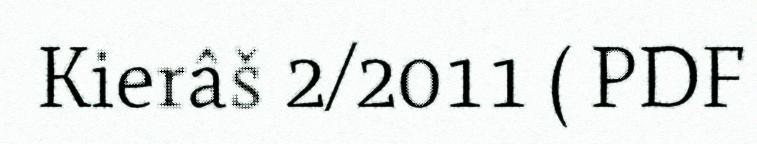
Kierâš 2/2011 ( PDF